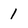
Character: 1